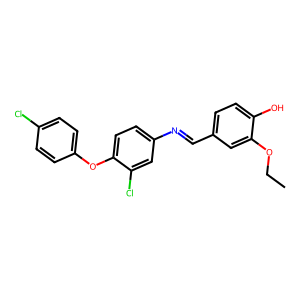
SMILES: CCOc1cc(C=Nc2ccc(Oc3ccc(Cl)cc3)c(Cl)c2)ccc1O
Inhibits HIV replication: No